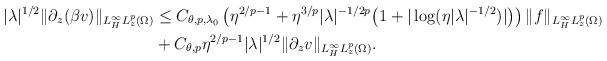
LaTeX: \begin{align*} |\lambda|^{1/2} \|\partial_z(\beta v)\|_{L^\infty_H L^p_z(\Omega)} &\le C_{\theta,p,\lambda_0}\left(\eta^{2/p-1}+\eta^{3/p} |\lambda|^{-1/2p} \big( 1 + |\log(\eta|\lambda|^{-1/2})| \big) \right)\|f\|_{L^\infty_H L^p_z(\Omega)} \\&+ C_{\theta,p}\eta^{2/p-1} |\lambda|^{1/2} \|\partial_zv\|_{L^\infty_H L^p_z(\Omega)}.\end{align*}